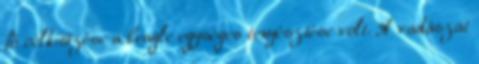
fő célkitűzése a beagle egységes tenyésztése volt. A vadászat